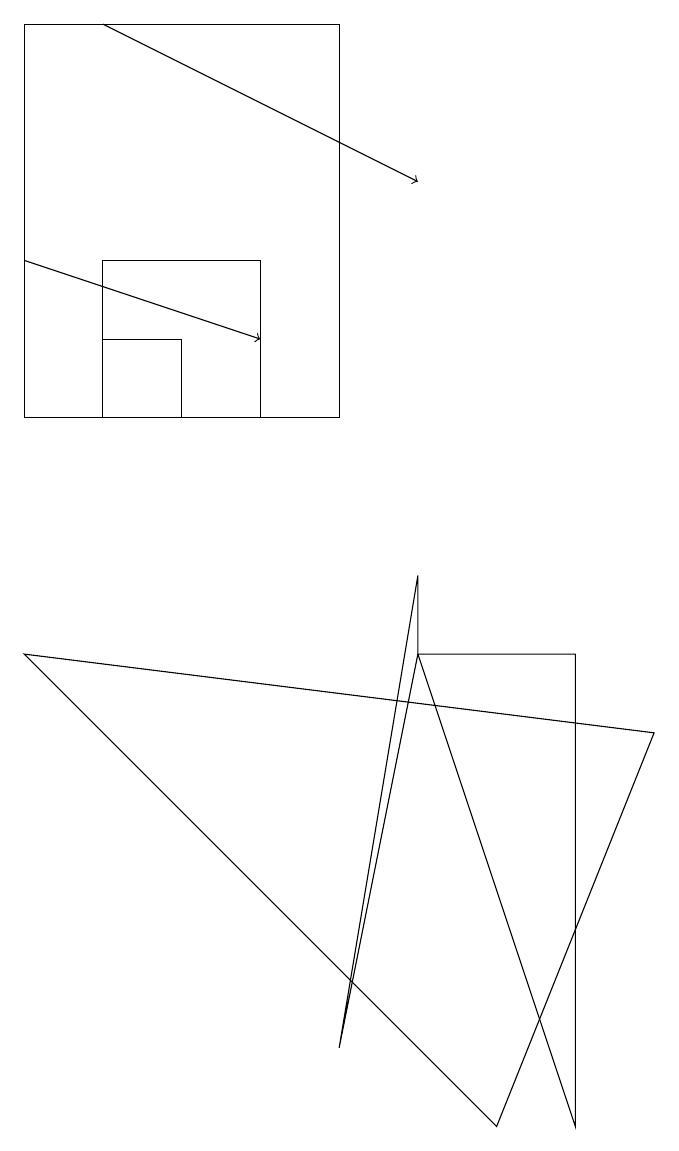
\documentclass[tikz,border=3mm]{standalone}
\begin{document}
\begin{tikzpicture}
\draw (1,11) rectangle (5,16);
\draw (3,12) rectangle (2,11);
\draw (9,7) -- (7,2) -- (1,8) -- cycle;
\draw (8,8) -- (6,8) -- (8,2) -- cycle;
\draw[->] (2,16) -- (6,14);
\draw (4,11) rectangle (2,13);
\draw (5,3) -- (6,9) -- (6,8) -- cycle;
\draw[->] (1,13) -- (4,12);
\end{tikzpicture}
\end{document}